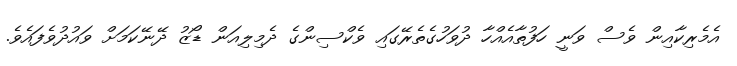
އެމެރިކާއިން ވެސް ވަނީ ހަފުތާއެއްހާ ދުވަހުގެތެރޭގައި ވެކްސިންގެ ދެމިލިއަން ޑޯޒު ދޭނޭކަމަށް ވައުދުވެފައެވެ.